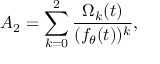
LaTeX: A _ { 2 } = \sum _ { k = 0 } ^ { 2 } { \frac { \Omega _ { k } ( t ) } { ( f _ { \theta } ( t ) ) ^ { k } } } ,